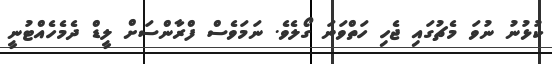
ކުޅުނު ނުވަ މެޗުގައި ޖެހި ހަތްވަނަ ގޯލެވެ. ނަމަވެސް ފްރާންސަށް ލީޑް ދެމެހެއްޓުނީ